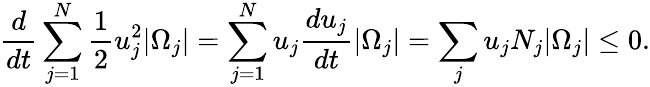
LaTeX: \frac{d}{dt}\sum_{j=1}^{N}\frac{1}{2}u_{j}^{2}|\Omega_{j}|=\sum_{j=1}^{N}u_{j}\frac{du_{j}}{dt}|\Omega_{j}|=\sum_{j}u_{j}N_{j}|\Omega_{j}|\le 0.